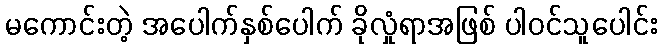
မကောင်းတဲ့ အပေါက်နှစ်ပေါက် ခိုလှုံရာအဖြစ် ပါဝင်သူပေါင်း